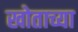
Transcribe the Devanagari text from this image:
खोताच्या